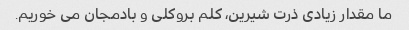
ما مقدار زیادی ذرت شیرین، کلم بروکلی و بادمجان می خوریم.